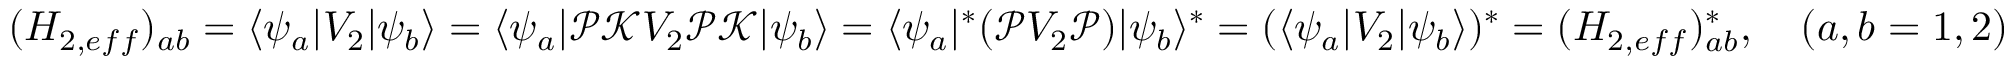
\begin{array} { r } { ( H _ { 2 , e f f } ) _ { a b } = \langle \psi _ { a } | V _ { 2 } | \psi _ { b } \rangle = \langle \psi _ { a } | \mathcal P \mathcal K V _ { 2 } \mathcal P \mathcal K | \psi _ { b } \rangle = \langle \psi _ { a } | ^ { \ast } ( \mathcal P V _ { 2 } \mathcal P ) | \psi _ { b } \rangle ^ { \ast } = ( \langle \psi _ { a } | V _ { 2 } | \psi _ { b } \rangle ) ^ { \ast } = ( H _ { 2 , e f f } ) _ { a b } ^ { \ast } , \quad ( a , b = 1 , 2 ) } \end{array}